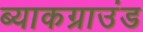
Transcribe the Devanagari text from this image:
ब्याकग्राउंड